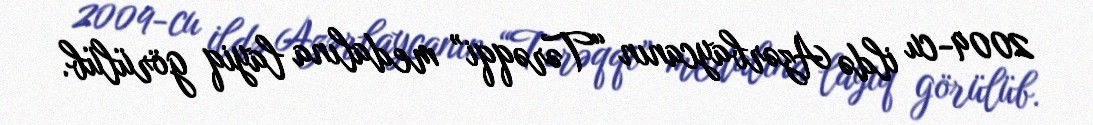
2009-cu ildə Azərbaycanın “Tərəqqi” medalına layiq görülüb.